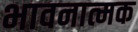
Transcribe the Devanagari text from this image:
भावनात्मक